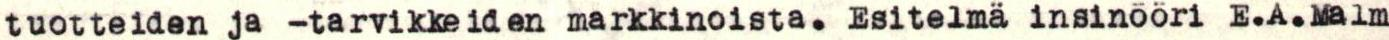
tuotteiden ja -tarvikkeiden markkinoista. Esitelmä insinööri E.A.Malm